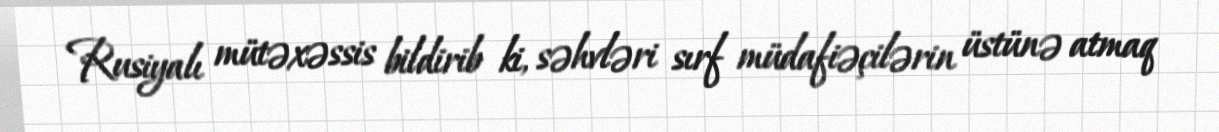
Rusiyalı mütəxəssis bildirib ki, səhvləri sırf müdafiəçilərin üstünə atmaq